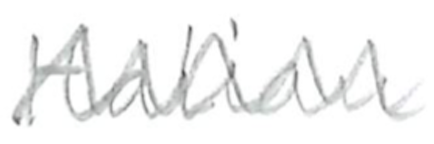
Text: Italian
Cross-out: zig-zag
Writing tool: pencil